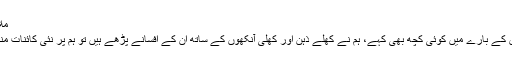
ملاحظہ فرمائیں :
’’ان کے افسانوں کے بارے میں کوئی کچھ بھی کہے، ہم نے کھلے ذہن اور کھلی آنکھوں کے ساتھ ان کے افسانے پڑھے ہیں تو ہم پر نئی کائنات منکشف ہوئی ہے۔